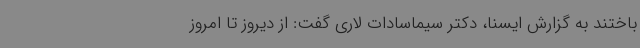
باختند به گزارش ایسنا، دکتر سیماسادات لاری گفت: از دیروز تا امروز